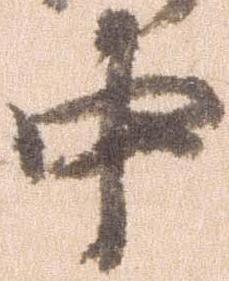
中